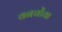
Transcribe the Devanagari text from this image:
वनचोंचा